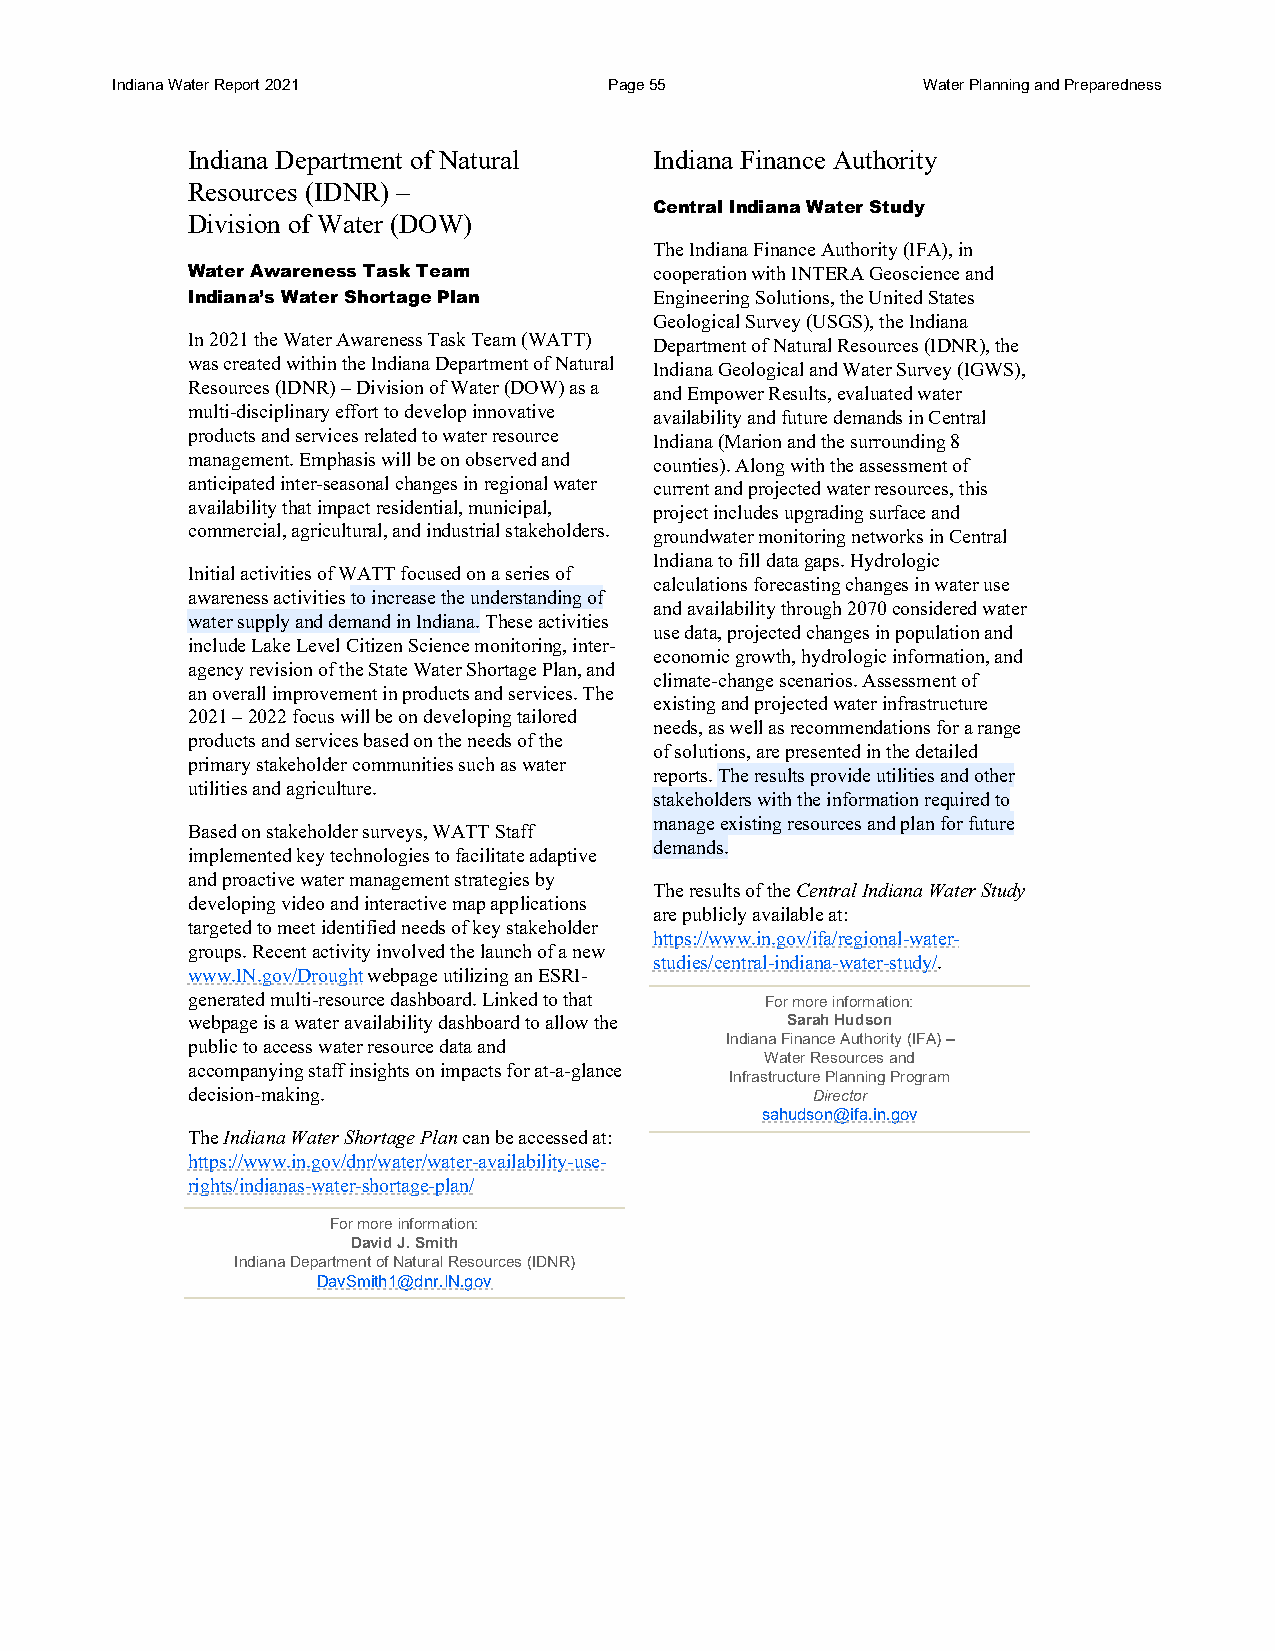
Indiana Water Report 2021        Page 55              Water Planning and Preparedness
 Indiana Department of Natural  Indiana Finance Authority
 Resources (IDNR) –
 Central Indiana Water Study
 Division of Water (DOW)
 The Indiana Finance Authority (IFA), in
 Water Awareness Task Team      cooperation with INTERA Geoscience and
 Indiana’s Water Shortage Plan  Engineering Solutions, the United States
 Geological Survey (USGS), the Indiana
 In 2021 the Water Awareness Task Team (WATT) Department of Natural Resources (IDNR), the
 was created within the Indiana Department of Natural Indiana Geological and Water Survey (IGWS),
 Resources (IDNR) – Division of Water (DOW) as a and Empower Results, evaluated water
 multi-disciplinary effort to develop innovative availability and future demands in Central
 products and services related to water resource Indiana (Marion and the surrounding 8
 management. Emphasis will be on observed and counties). Along with the assessment of
 anticipated inter-seasonal changes in regional water current and projected water resources, this
 availability that impact residential, municipal, project includes upgrading surface and
 commercial, agricultural, and industrial stakeholders. groundwater monitoring networks in Central
 Indiana to fill data gaps. Hydrologic
 Initial activities of WATT focused on a series of
 calculations forecasting changes in water use
 awareness activities to increase the understanding of
 and availability through 2070 considered water
 water supply and demand in Indiana. These activities
 use data, projected changes in population and
 include Lake Level Citizen Science monitoring, inter-
 economic growth, hydrologic information, and
 agency revision of the State Water Shortage Plan, and
 climate-change scenarios. Assessment of
 an overall improvement in products and services. The
 existing and projected water infrastructure
 2021 – 2022 focus will be on developing tailored
 needs, as well as recommendations for a range
 products and services based on the needs of the
 of solutions, are presented in the detailed
 primary stakeholder communities such as water
 reports. The results provide utilities and other
 utilities and agriculture.
 stakeholders with the information required to
 manage existing resources and plan for future
 Based on stakeholder surveys, WATT Staff
 demands.
 implemented key technologies to facilitate adaptive
 and proactive water management strategies by
 The results of the Central Indiana Water Study
 developing video and interactive map applications
 are publicly available at:
 targeted to meet identified needs of key stakeholder
 https://www.in.gov/ifa/regional-water-
 groups. Recent activity involved the launch of a new
 studies/central-indiana-water-study/.
 www.IN.gov/Drought webpage utilizing an ESRI-
 generated multi-resource dashboard. Linked to that For more information:
 webpage is a water availability dashboard to allow the Sarah Hudson
 public to access water resource data and Indiana Finance Authority (IFA) –
 Water Resources and
 accompanying staff insights on impacts for at-a-glance
 Infrastructure Planning Program
 decision-making.                          Director
 sahudson@ifa.in.gov
 The Indiana Water Shortage Plan can be accessed at:
 https://www.in.gov/dnr/water/water-availability-use-
 rights/indianas-water-shortage-plan/
 For more information:
 David J. Smith
 Indiana Department of Natural Resources (IDNR)
 DavSmith1@dnr.IN.gov